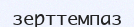
зерттемпаз